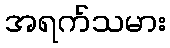
အရက်သမား